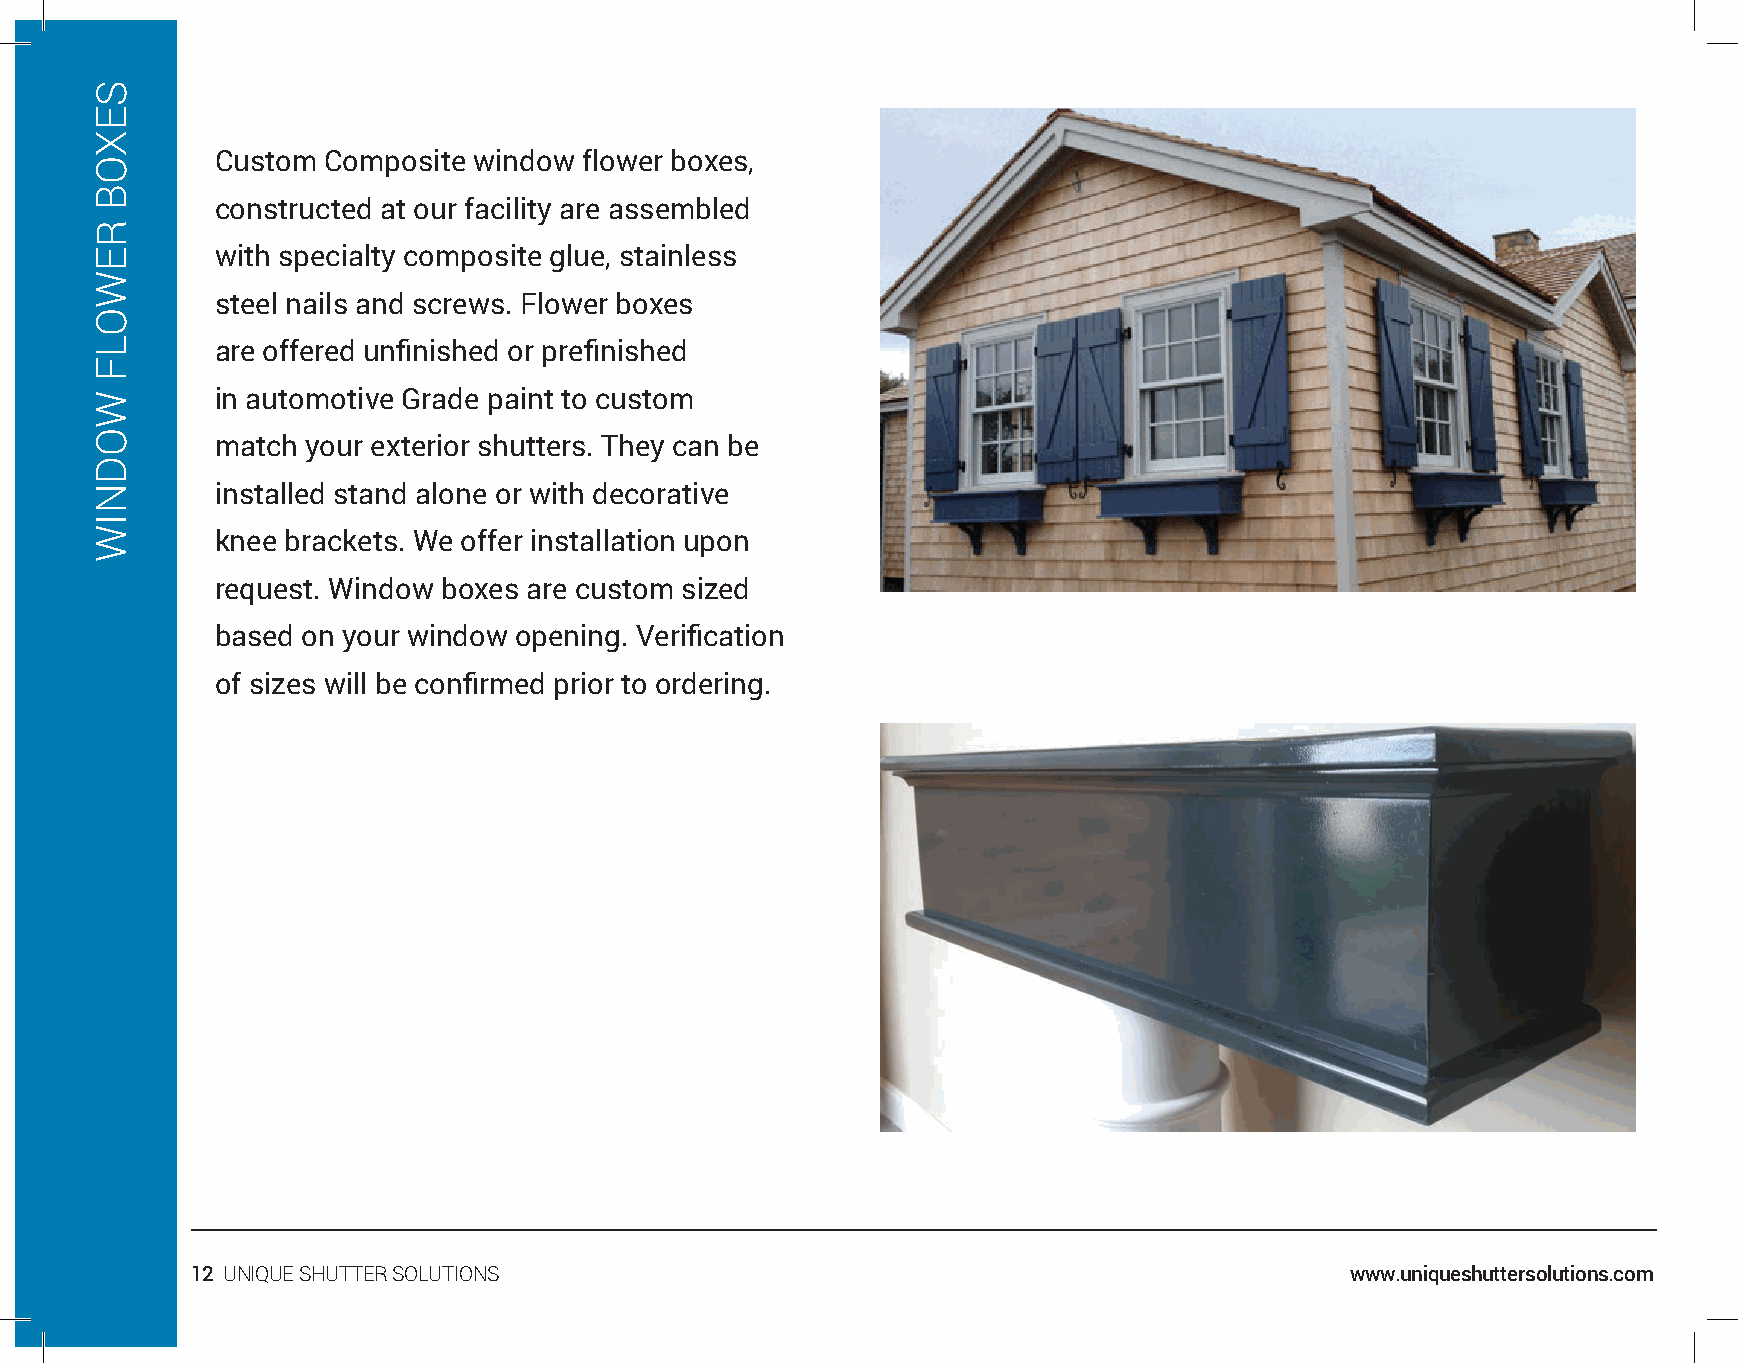
Custom Composite window  flower boxes,
 constructed at our facility are assembled
 with specialty composite glue, stainless
 steel nails and screws. Flower boxes
 are offered unfinished or prefinished
 in automotive Grade paint to custom
 match your exterior shutters. They can be
 installed stand alone or with decorative
 knee brackets. We offer installation upon
 request. Window boxes are custom sized
 based on your window opening. Verification
 of sizes will be confirmed prior to ordering.
 12 UNIQUE SHUTTER SOLUTIONS                                                 www.uniqueshuttersolutions.com
 SEXOB
 REWOLF
 WODNIW